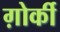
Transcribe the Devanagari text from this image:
ग़ोर्की